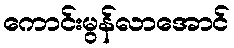
ကောင်းမွန်လာအောင်